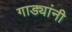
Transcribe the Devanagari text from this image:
गाड्यांनी